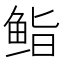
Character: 𮬜